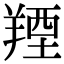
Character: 𦎣